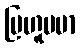
ဗြဟူပမာ